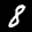
Label: 8